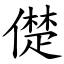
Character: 儊